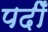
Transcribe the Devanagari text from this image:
पदीँ